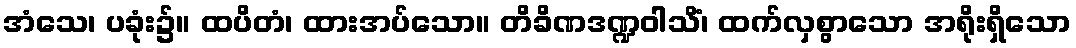
အံသေ၊ ပခုံး၌။ ထပိတံ၊ ထားအပ်သော။ တိခိဏဒဏ္ဍဝါသိံ၊ ထက်လှစွာသော အရိုးရှိသော